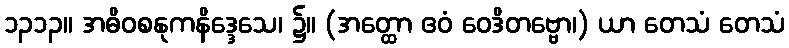
၁၃၁၃။ အဓိဝစနုကနိဒ္ဒေသေ၊ ၌။ (အတ္ထော ဧဝံ ဝေဒိတဗ္ဗော၊) ယာ တေသံ တေသံ